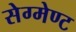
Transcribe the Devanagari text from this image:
सेग्मेण्ट